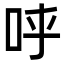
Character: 𠰜